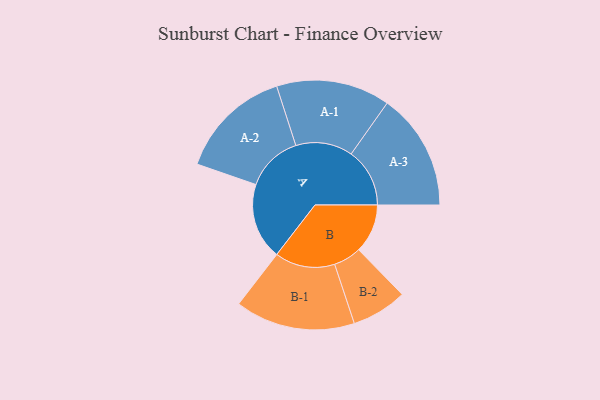
{"axis": {"x": "Segment", "y": "Value"}, "legend": ["", "A", "B"], "data": [{"x": "A", "y": 372, "type": ""}, {"x": "B", "y": 238, "type": ""}, {"x": "A-1", "y": 277, "type": "A"}, {"x": "A-2", "y": 276, "type": "A"}, {"x": "A-3", "y": 285, "type": "A"}, {"x": "B-1", "y": 292, "type": "B"}, {"x": "B-2", "y": 135, "type": "B"}]}